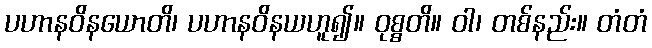
ပဟာနဝိနယောတိ၊ ပဟာနဝိနယဟူ၍။ ဝုစ္စတိ။ ဝါ၊ တစ်နည်း။ တံတံ